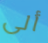
ألى